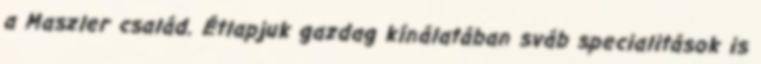
a Maszler család. Étlapjuk gazdag kínálatában sváb specialitások is